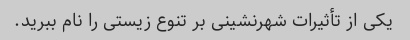
یکی از تأثیرات شهرنشینی بر تنوع زیستی را نام ببرید.